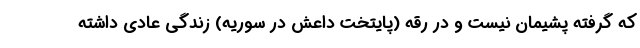
که گرفته پشیمان نیست و در رقه (پایتخت داعش در سوریه) زندگی عادی داشته